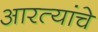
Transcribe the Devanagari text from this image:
आरत्यांचे